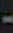
-